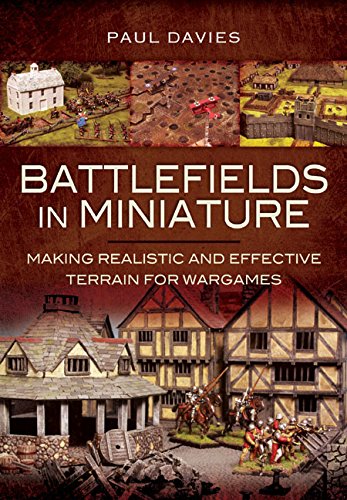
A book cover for Battlefields in Miniature: Making Realistic and Effective Terrain for Wargames; Paul Davies; Crafts, Hobbies & Home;